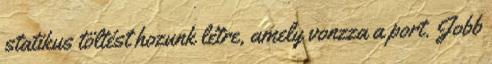
statikus töltést hozunk létre, amely vonzza a port. Jobb